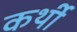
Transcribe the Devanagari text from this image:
कर्थी